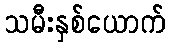
သမီးနှစ်ယောက်